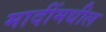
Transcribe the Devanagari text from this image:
मादींमधील